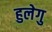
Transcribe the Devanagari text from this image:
हुलेगु